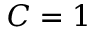
C = 1